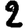
Digit: 2